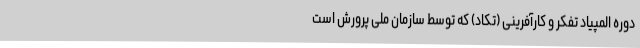
دوره المپیاد تفکر و کارآفرینی (تکاد) که توسط سازمان ملی پرورش است